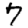
Digit: 7